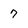
Character: 7